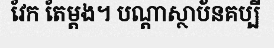
វែក តែម្តង។ បណ្តាស្ថាប័នគប្បី